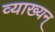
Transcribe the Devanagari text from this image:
व्याख्यन्